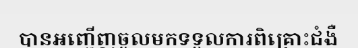
បានអញ្ជើញចូលមកទទួលការពិគ្រោះជំងឺ